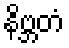
နိဗ္ဘတံ